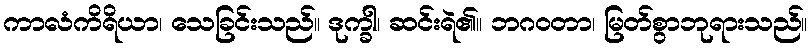
ကာလံကိရိယာ၊ သေခြင်းသည်။ ဒုက္ခါ၊ ဆင်းရဲ၏။ ဘဂဝတာ၊ မြတ်စွာဘုရားသည်။